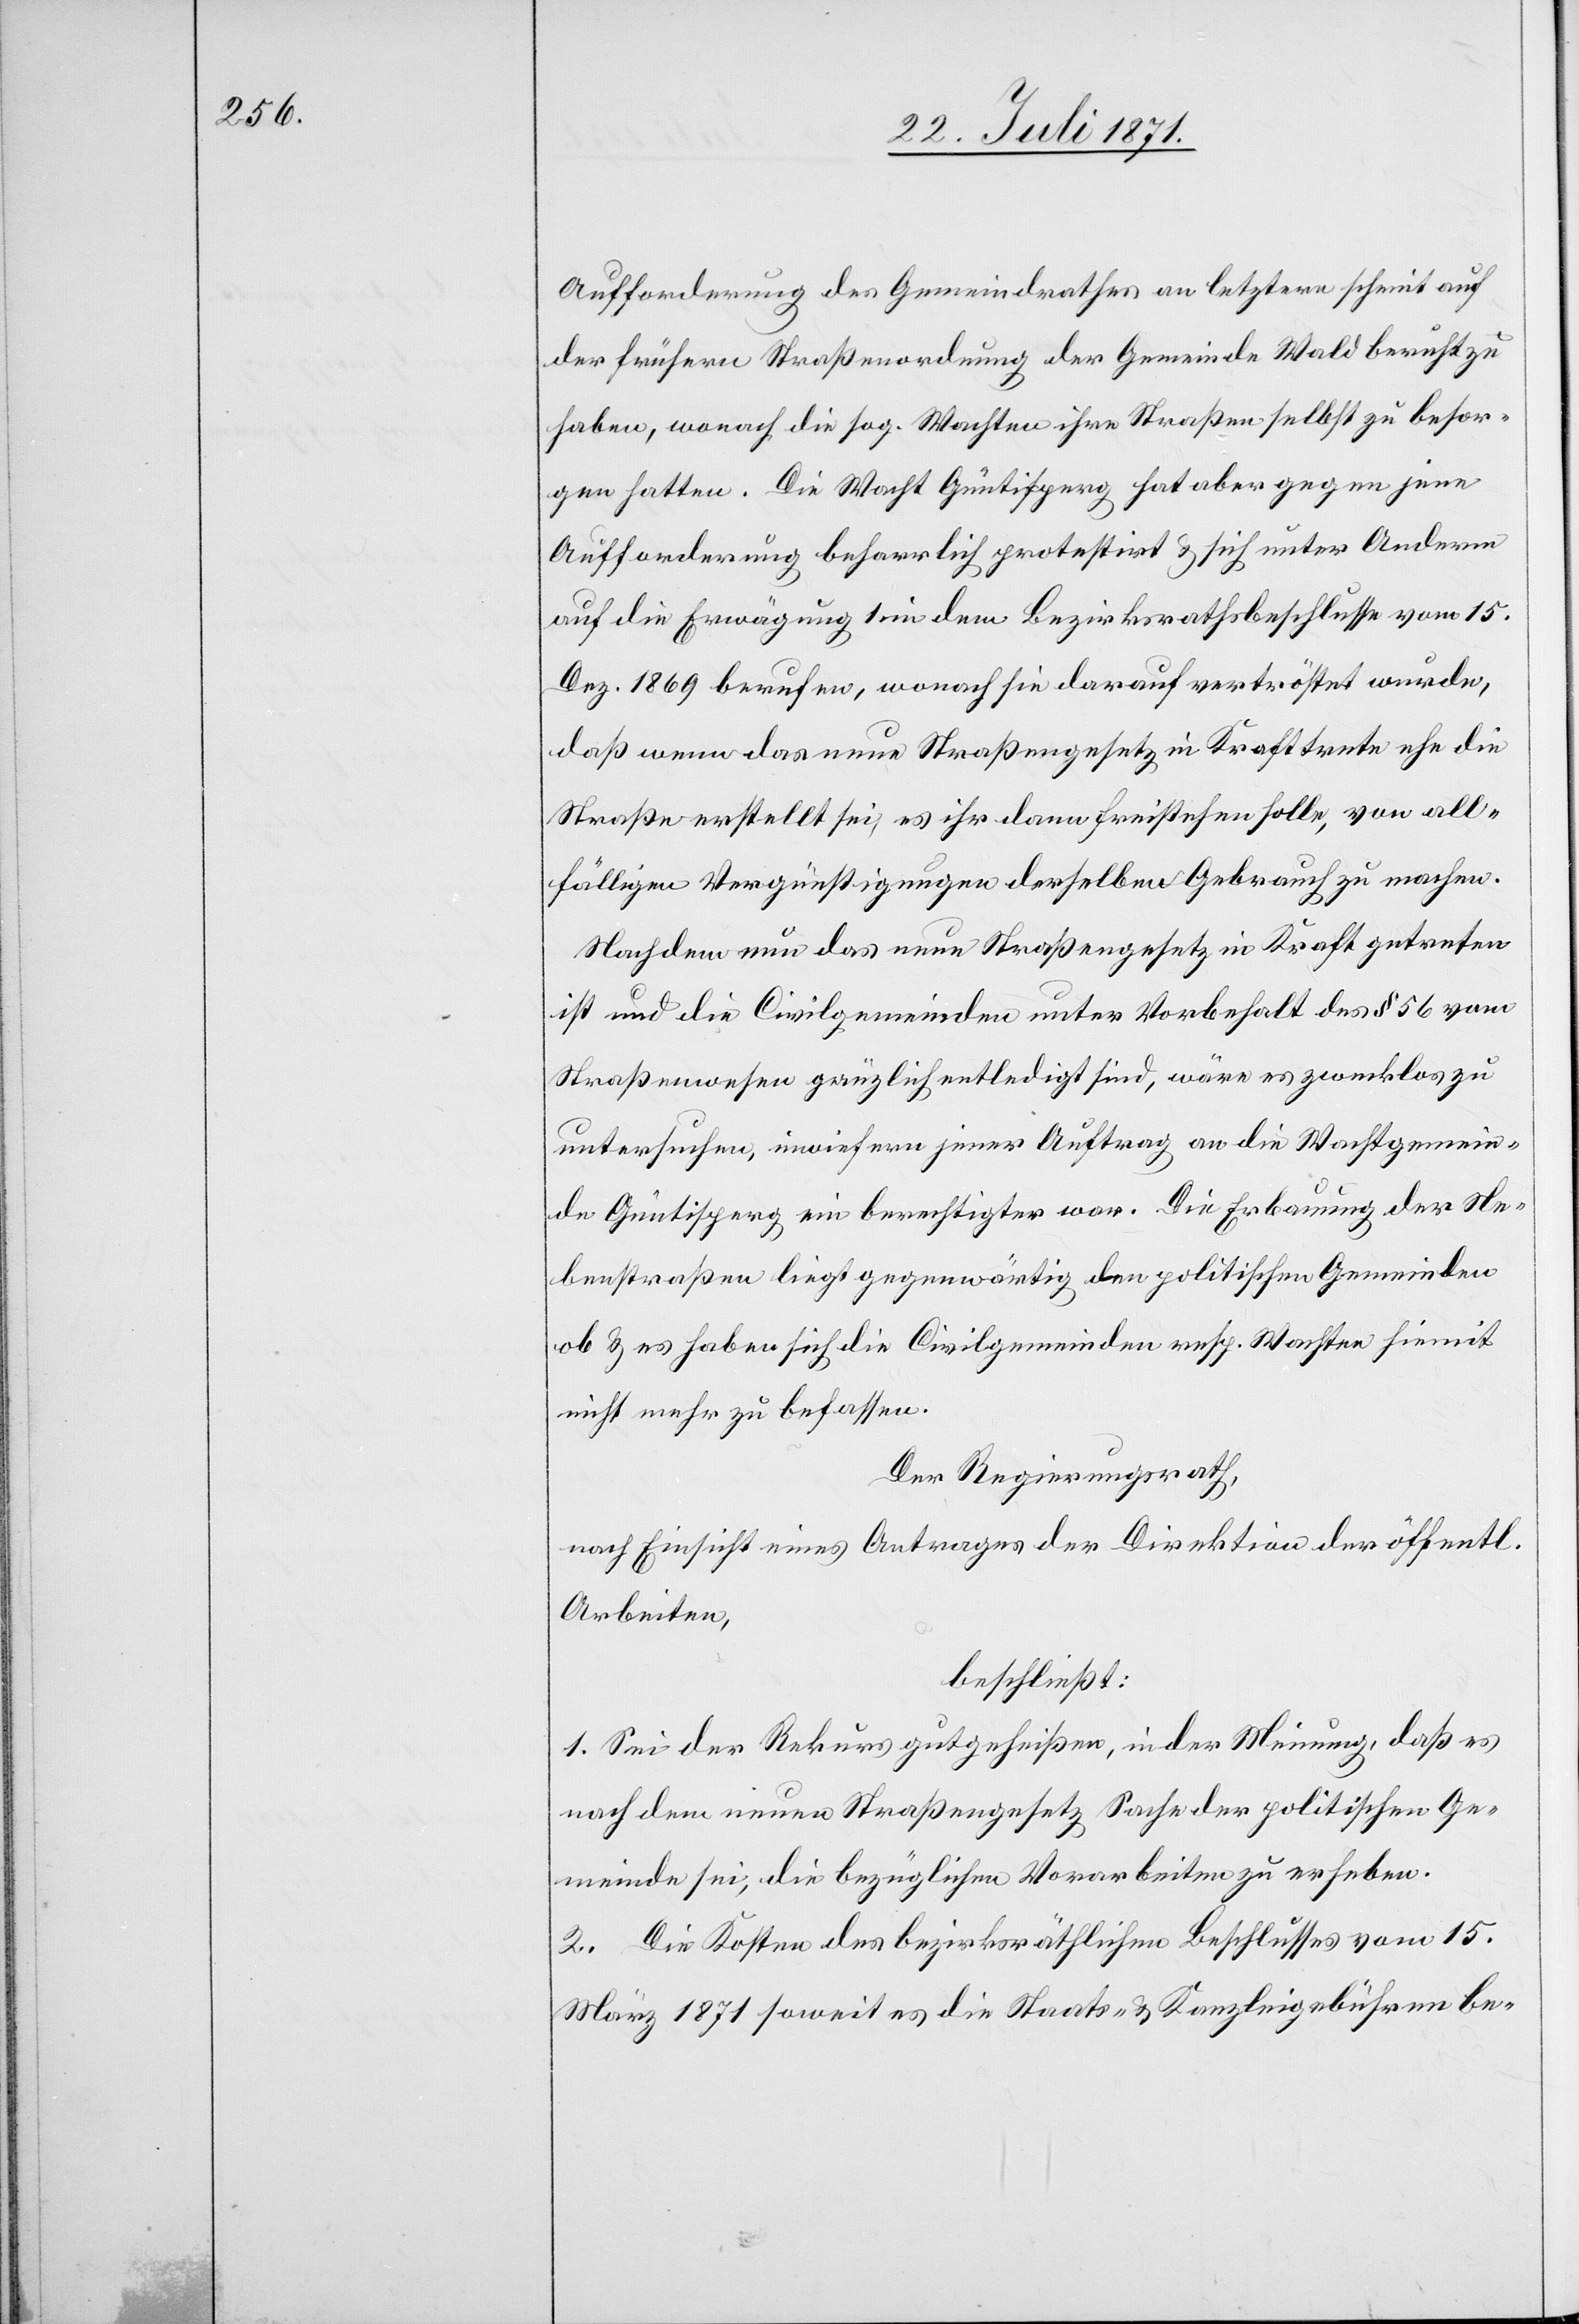
Aufforderung des Gemeindrathes an letztere scheint auf
der frühern Straßenordnung der Gemeinde Wald beruht zu
haben, wonach die sog. Wachten ihre Straßen selbst zu besor¬
gen hatten. Die Wacht Güntisperg hat aber gegen jene
Aufforderung beharrlich protestirt u. sich unter Anderm
auf die Erwägung 1. in dem Bezirksrathsbeschlusse vom 15.
Dez. 1869 berufen, wonach sie darauf vertröstet wurde,
daß wenn das neue Straßengesetz in Kraft trete ehe die
Straße erstellt sei, es ihr dann freistehen solle, von all¬
fälligen Vergünstigungen derselben Gebrauch zu machen.
Nachdem nun das neue Straßengesetz in Kraft getreten
ist und die Civilgemeinden unter Vorbehalt des § 56 vom
Straßenwesen grüzlich [sic!] entledigt sind, wäre es zwecklos zu
untersuchen, inwiefern jener Auftrag an die Wachtgemein¬
de Güntisperg ein berechtigter war. Die Erbauung der Ne¬
benstraßen liegt gegenwärtig den politischen Gemeinden
ob u. es haben sich die Civilgemeinden resp. Wachten hiemit
nicht mehr zu befassen.
Der Regierungsrath,
nach Einsicht eines Antrages der Direktion der öffentl.
Arbeiten,
beschließt:
1. Sei der Rekurs gutgeheißen, in der Meinung, daß es
nach dem neuen Straßengesetz Sache der politischen Ge¬
meinde sei, die bezüglichen Vorarbeiten zu erheben.
2. Die Kosten des bezirksräthlichen Beschlusses vom 15.
März 1871 soweit es die Staats- u. Kanzleigebühren be-